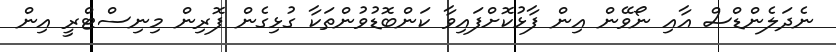
ނެދަލެންޑްސް އާއި ނޯވޭން އިން ފާޅުކޮށްފައިވާ ކަންބޮޑުވުންތަކާ ގުޅިގެން ފޮރިން މިނިސްޓްރީ އިން